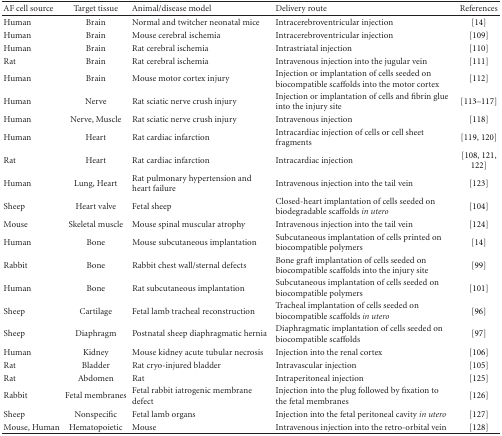
<table><thead><tr><td><b>AF cell source</b></td><td><b>Target tissue</b></td><td><b>Animal/disease model</b></td><td><b>Delivery route</b></td><td><b>References</b></td></tr></thead><tbody><tr><td>Human</td><td>Brain</td><td>Normal and twitcher neonatal mice </td><td>Intracerebroventricular injection</td><td>[14]</td></tr><tr><td>Human</td><td>Brain</td><td>Mouse cerebral ischemia</td><td>Intracerebroventricular injection</td><td>[109] </td></tr><tr><td>Human</td><td>Brain</td><td>Rat cerebral ischemia</td><td>Intrastriatal injection</td><td>[110]</td></tr><tr><td>Rat</td><td>Brain</td><td>Rat cerebral ischemia</td><td>Intravenous injection into the jugular vein</td><td>[111]</td></tr><tr><td>Human</td><td>Brain</td><td>Mouse motor cortex injury</td><td>Injection or implantation of cells seeded on biocompatible scaffolds into the motor cortex </td><td>[112]</td></tr><tr><td>Human</td><td>Nerve</td><td>Rat sciatic nerve crush injury</td><td>Injection or implantation of cells and fibrin glue into the injury site</td><td> [113–117]</td></tr><tr><td>Human</td><td>Nerve, Muscle</td><td>Rat sciatic nerve crush injury </td><td>Intravenous injection</td><td>[118]</td></tr><tr><td>Human</td><td>Heart</td><td>Rat cardiac infarction</td><td>Intracardiac injection of cells or cell sheet fragments </td><td>[119, 120]</td></tr><tr><td>Rat</td><td>Heart</td><td>Rat cardiac infarction</td><td>Intracardiac injection </td><td>[108, 121, 122]</td></tr><tr><td>Human</td><td>Lung, Heart</td><td>Rat pulmonary hypertension and heart failure</td><td>Intravenous injection into the tail vein</td><td>[123]</td></tr><tr><td>Sheep</td><td>Heart valve</td><td>Fetal sheep</td><td>Closed-heart implantation of cells seeded on biodegradable scaffolds <i>in utero </i></td><td>[104]</td></tr><tr><td>Mouse</td><td>Skeletal muscle</td><td>Mouse spinal muscular atrophy</td><td>Intravenous injection into the tail vein</td><td>[124]</td></tr><tr><td>Human</td><td>Bone</td><td>Mouse subcutaneous implantation</td><td>Subcutaneous implantation of cells printed on biocompatible polymers</td><td>[14]</td></tr><tr><td>Rabbit</td><td>Bone</td><td>Rabbit chest wall/sternal defects</td><td>Bone graft implantation of cells seeded on biocompatible scaffolds into the injury site</td><td>[99]</td></tr><tr><td>Human</td><td>Bone</td><td>Rat subcutaneous implantation</td><td>Subcutaneous implantation of cells seeded on biocompatible polymers </td><td>[101] </td></tr><tr><td>Sheep</td><td>Cartilage</td><td>Fetal lamb tracheal reconstruction</td><td>Tracheal implantation of cells seeded on biocompatible scaffolds <i>in utero </i></td><td>[96]</td></tr><tr><td>Sheep</td><td>Diaphragm</td><td>Postnatal sheep diaphragmatic hernia</td><td>Diaphragmatic implantation of cells seeded on biocompatible scaffolds</td><td>[97]</td></tr><tr><td>Human</td><td>Kidney</td><td>Mouse kidney acute tubular necrosis</td><td>Injection into the renal cortex</td><td>[106]</td></tr><tr><td>Rat</td><td>Bladder</td><td>Rat cryo-injured bladder</td><td>Intravascular injection</td><td>[105]</td></tr><tr><td>Rat</td><td>Abdomen</td><td>Rat</td><td>Intraperitoneal injection </td><td>[125]</td></tr><tr><td>Rabbit</td><td>Fetal membranes</td><td>Fetal rabbit iatrogenic membrane defect</td><td>Injection into the plug followed by fixation to the fetal membranes</td><td>[126]</td></tr><tr><td>Sheep</td><td>Nonspecific</td><td>Fetal lamb organs</td><td>Injection into the fetal peritoneal cavity <i>in utero </i></td><td>[127]</td></tr><tr><td>Mouse, Human</td><td>Hematopoietic</td><td>Mouse</td><td>Intravenous injection into the retro-orbital vein</td><td>[128]</td></tr></tbody></table>